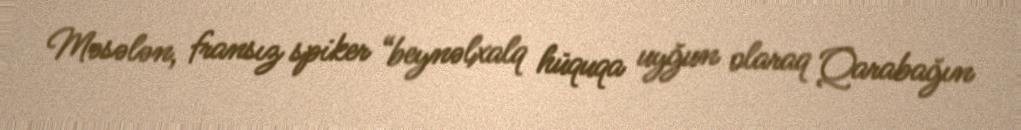
Məsələn, fransız spiker “beynəlxalq hüquqa uyğun olaraq Qarabağın